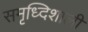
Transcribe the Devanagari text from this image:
समृध्दिशाली